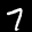
Label: 7